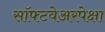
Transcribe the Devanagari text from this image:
सॉफ्टवेअरपेक्षा